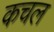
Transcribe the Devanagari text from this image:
कचल